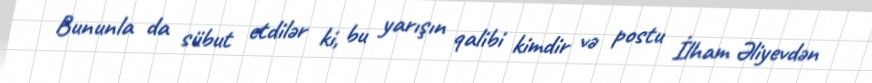
Bununla da sübut etdilər ki, bu yarışın qalibi kimdir və postu İlham Əliyevdən